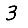
Digit: 3